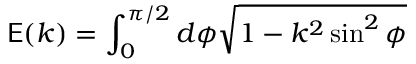
\mathsf { E } ( k ) = \int _ { 0 } ^ { \pi / 2 } d \phi \sqrt { 1 - k ^ { 2 } \sin ^ { 2 } \phi }